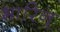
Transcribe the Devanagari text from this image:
भारिन्‌